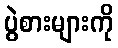
ပွဲစားများကို